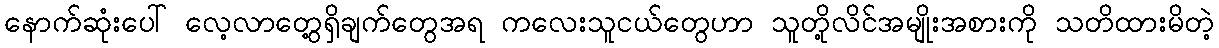
နောက်ဆုံးပေါ် လေ့လာတွေ့ရှိချက်တွေအရ ကလေးသူငယ်တွေဟာ သူတို့လိင်အမျိုးအစားကို သတိထားမိတဲ့